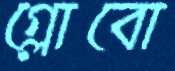
গ্লোবো